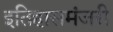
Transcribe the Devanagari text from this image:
इतिहासमंजरी